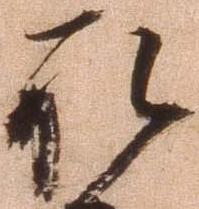
承